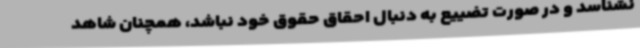
نشناسد و در صورت تضییع به دنبال احقاق حقوق خود نباشد، همچنان شاهد